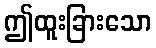
ဤထူးခြားသော